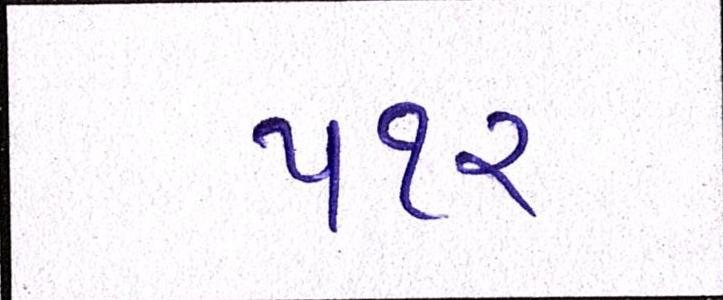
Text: ૫૧૨